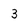
Character: 3